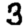
Digit: 3